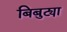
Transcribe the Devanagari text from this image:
बिबुट्या